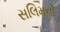
સલિમની